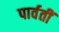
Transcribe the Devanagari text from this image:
पार्वतीं